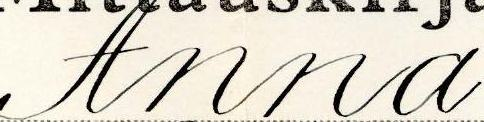
Anna